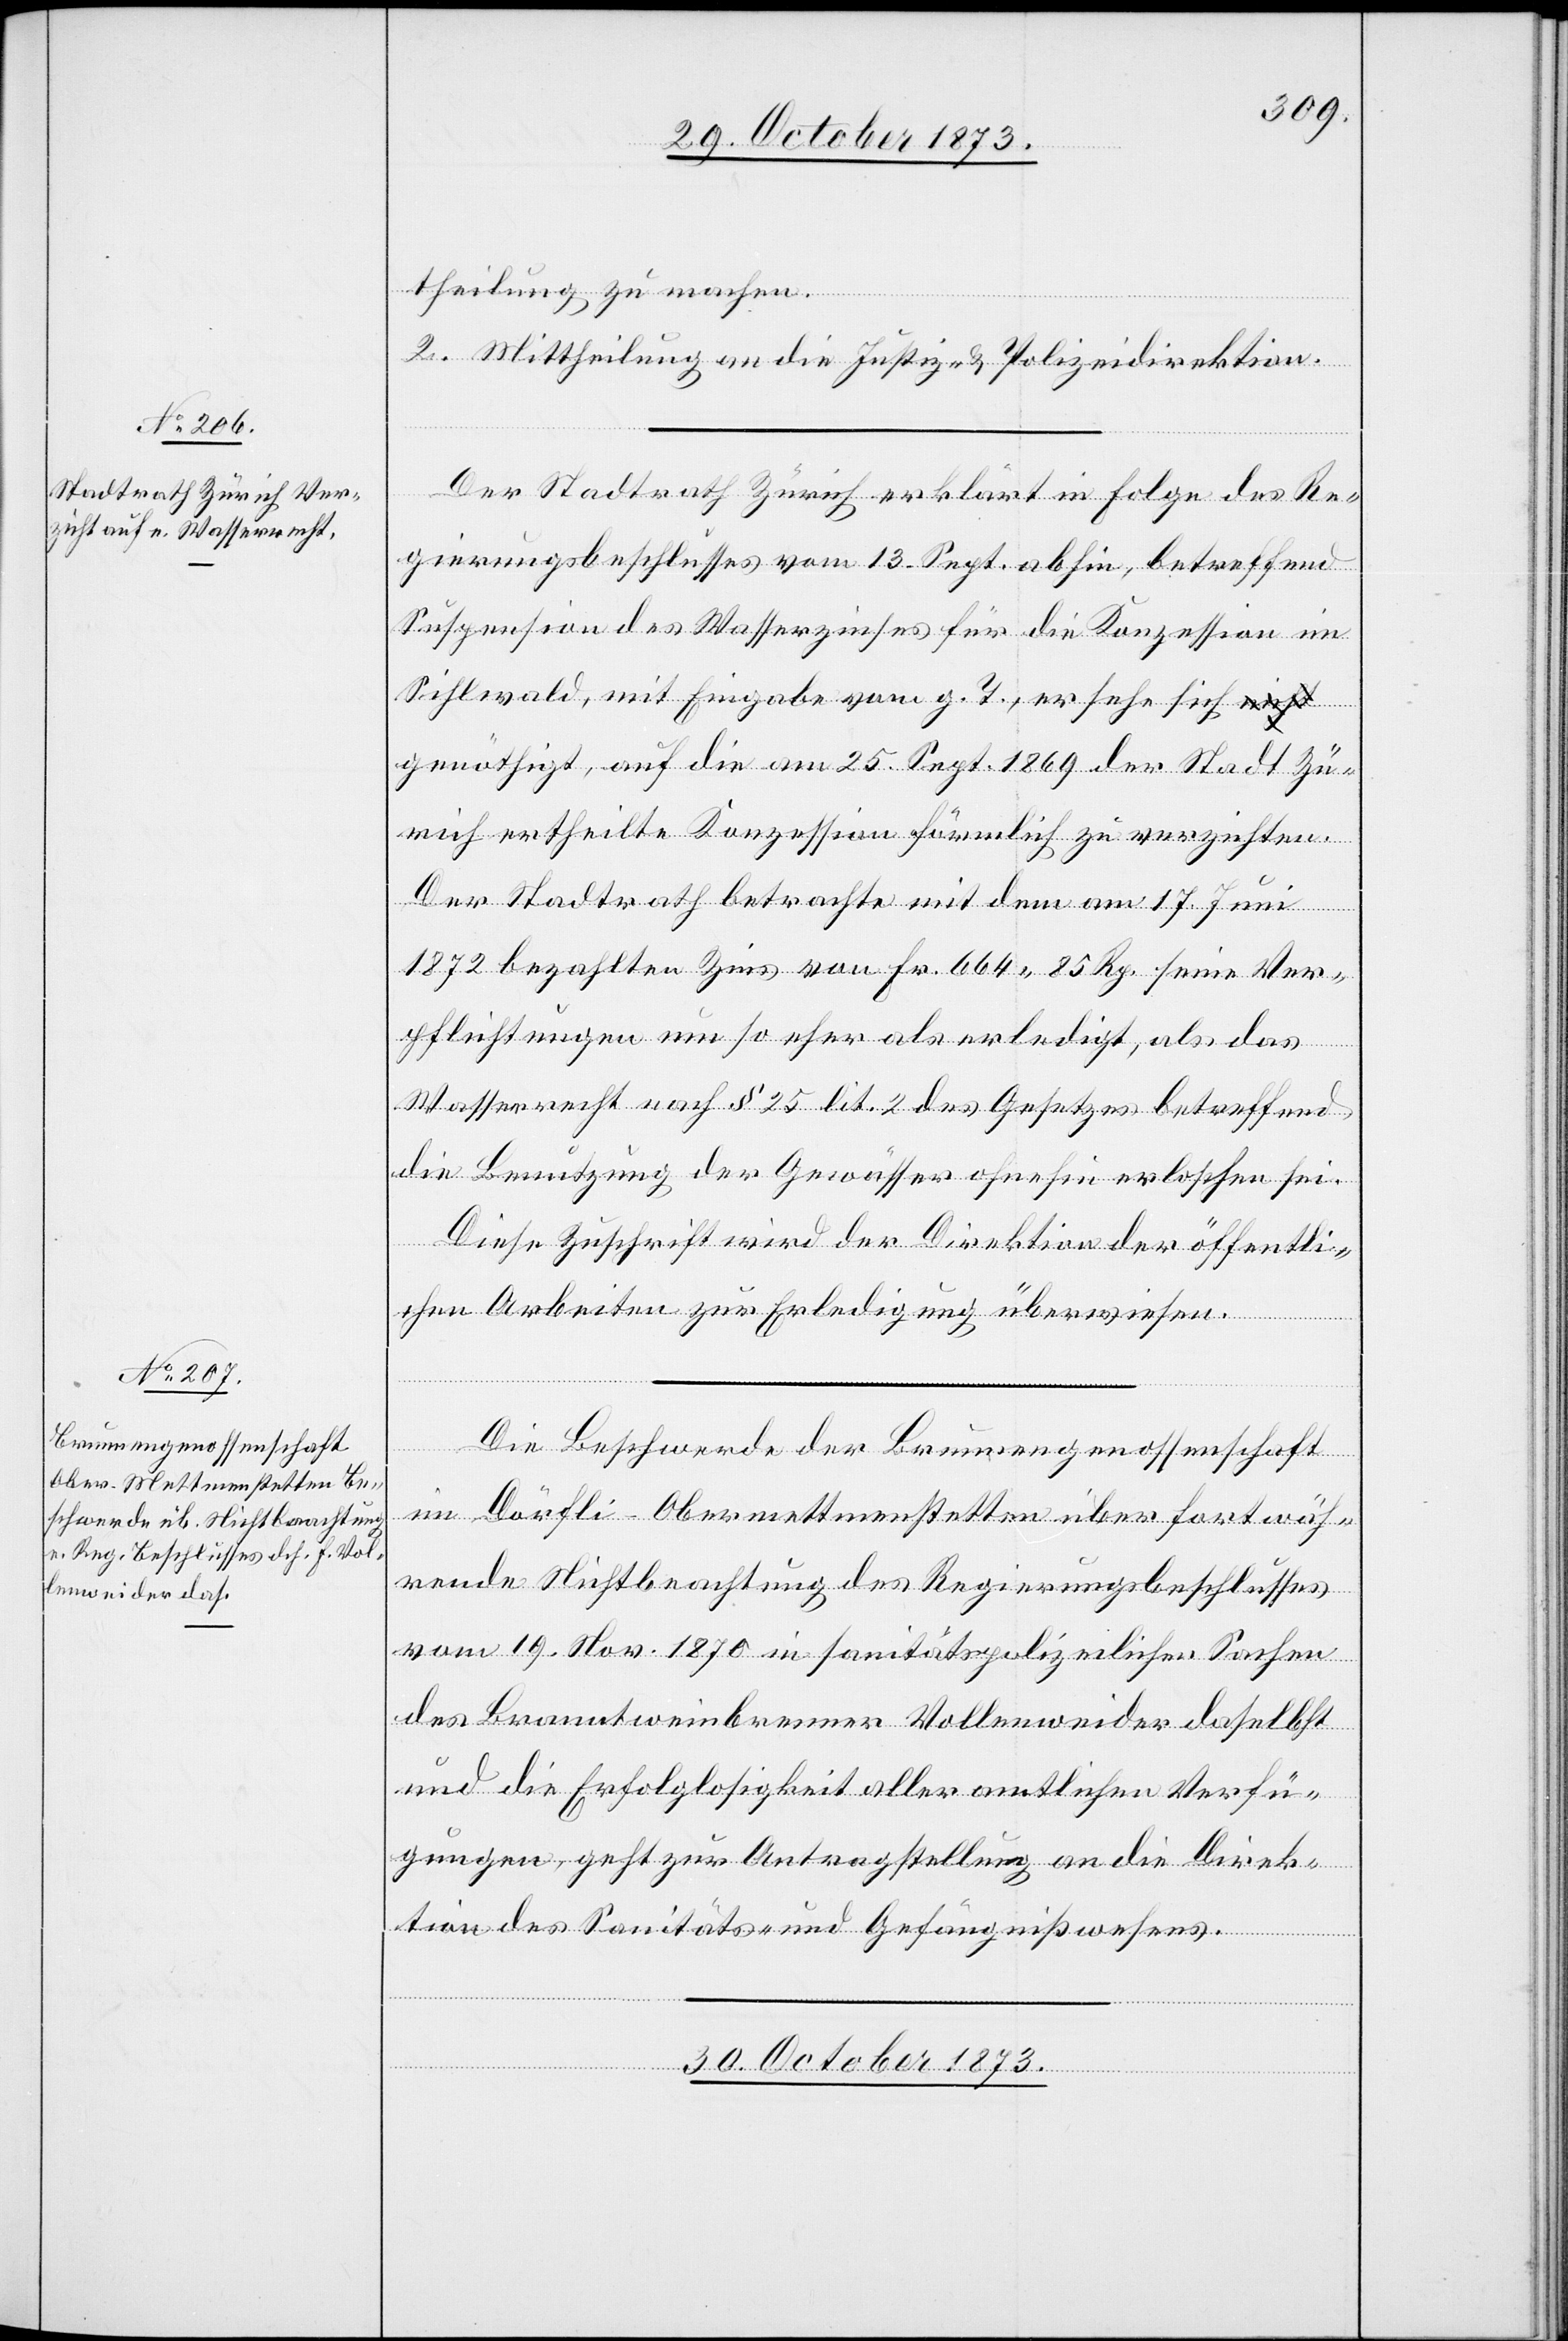
29. October 1873.]
theilung zu machen.
2. Mittheilung an die Justiz- & Polizeidirektion.
Der Stadtrath Zürich erklärt in Folge des Re¬
gierungsbeschlusses vom 13. Sept. abhin, betreffend
Suspension des Wasserzinses für die Konzession im
Sihlwald, mit Eingabe vom g. T., er sehe sich g¬
enöthigt, auf die am 25. Sept. 1869 der Stadt Zü¬
rich ertheilte Konzession förmlich zu verzichten.
Der Stadtrath betrachte mit dem am 17. Juni
1872 bezahlten Zins von Fr. 664 85 Rp. seine Ver¬
pflichtungen um so eher als erledigt, als das
Wasserrecht nach § 25 lit. 2 des Gesetzes betreffend
die Benutzung der Gewässer ohnehin erloschen sei.
Diese Zuschrift wird der Direktion der öffentli¬
chen Arbeiten zur Erledigung überwiesen.
Die Beschwerde der Brunnengenossenschaft
im Dörfli - Obermettmenstetten über fortwäh¬
rende Nichtbeachtung des Regierungsbeschlusses
vom 19. Nov. 1870 in sanitätspolizeilichen Sachen
des Branntweinbrenner Vollenweider daselbst
und die Erfolglosigkeit aller amtlichen Verfü¬
gungen, geht zur Antragstellung an die Direk¬
tion des Sanitäts- und Gefängnißwesens.
30. October 1873.